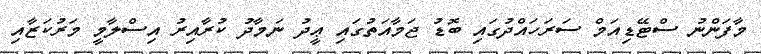
މާފަންނު ސްޓޭޑިއަމް ސަރަހައްދުގައި ބޮޑު ޖަމާއަތުގައި ޢީދު ނަމާދު ކުރާއިރު އިސްލާމީ މަރުކަޒާއި